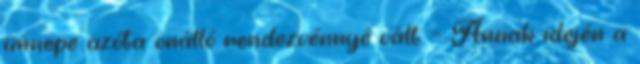
ünnepe azóta önálló rendezvénnyé vált. – Annak idején a